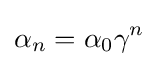
\alpha _{n}=\alpha _{0}\gamma ^{n}